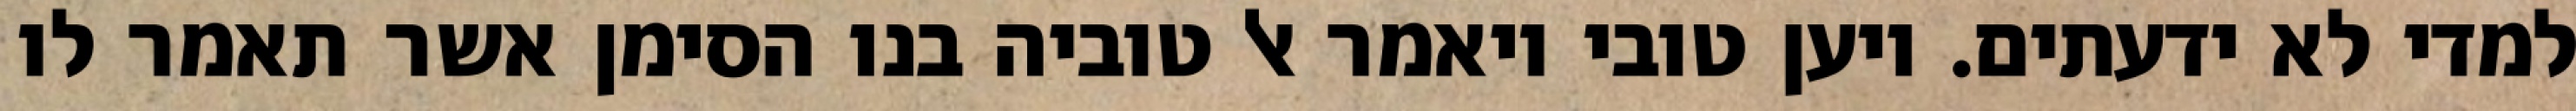
למדי לא ידעתים. ויען טובי ויאמר אל טוביה בנו הסימן אשר תאמר לו